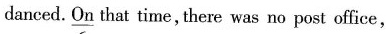
danced.\underline{On} that time , there was no post office